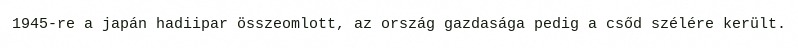
1945-re a japán hadiipar összeomlott, az ország gazdasága pedig a csőd szélére került.